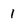
Character: 1